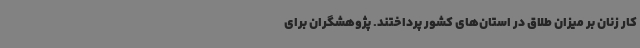
کار زنان بر میزان طلاق در استان‌های کشور پرداختند. پژوهشگران برای